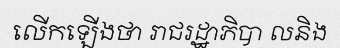
លើកឡើងថា រាជរដ្ឋាភិបា លនិង